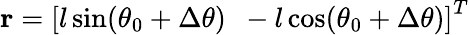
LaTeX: \mathbf{r}=\left[l\sin(\theta_{0}+\Delta\theta)\, \, \, -l\cos(\theta_{0}+\Delta\theta)\right]^{T}